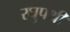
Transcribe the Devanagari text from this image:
रघुपथी